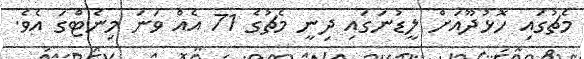
މެޗުގައި ހޮޅުދޫއަށް ލީޑުނަގައި ދިނީ މެޗުގެ 71 އެއް ވަނަ މިނެޓްގަ އެވެ.